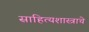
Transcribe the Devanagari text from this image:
साहित्यशास्त्राचे